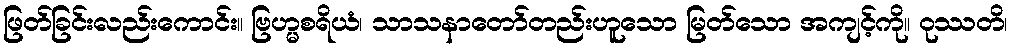
ဖြတ်ခြင်းလည်းကောင်း။ ဗြဟ္မစရိယံ၊ သာသနာတော်တည်းဟူသော မြတ်သော အကျင့်ကို။ ဝုဿတိ၊